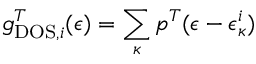
g _ { \mathrm { D O S } , i } ^ { T } ( \epsilon ) = \sum _ { \kappa } p ^ { T } ( \epsilon - \epsilon _ { \kappa } ^ { i } )